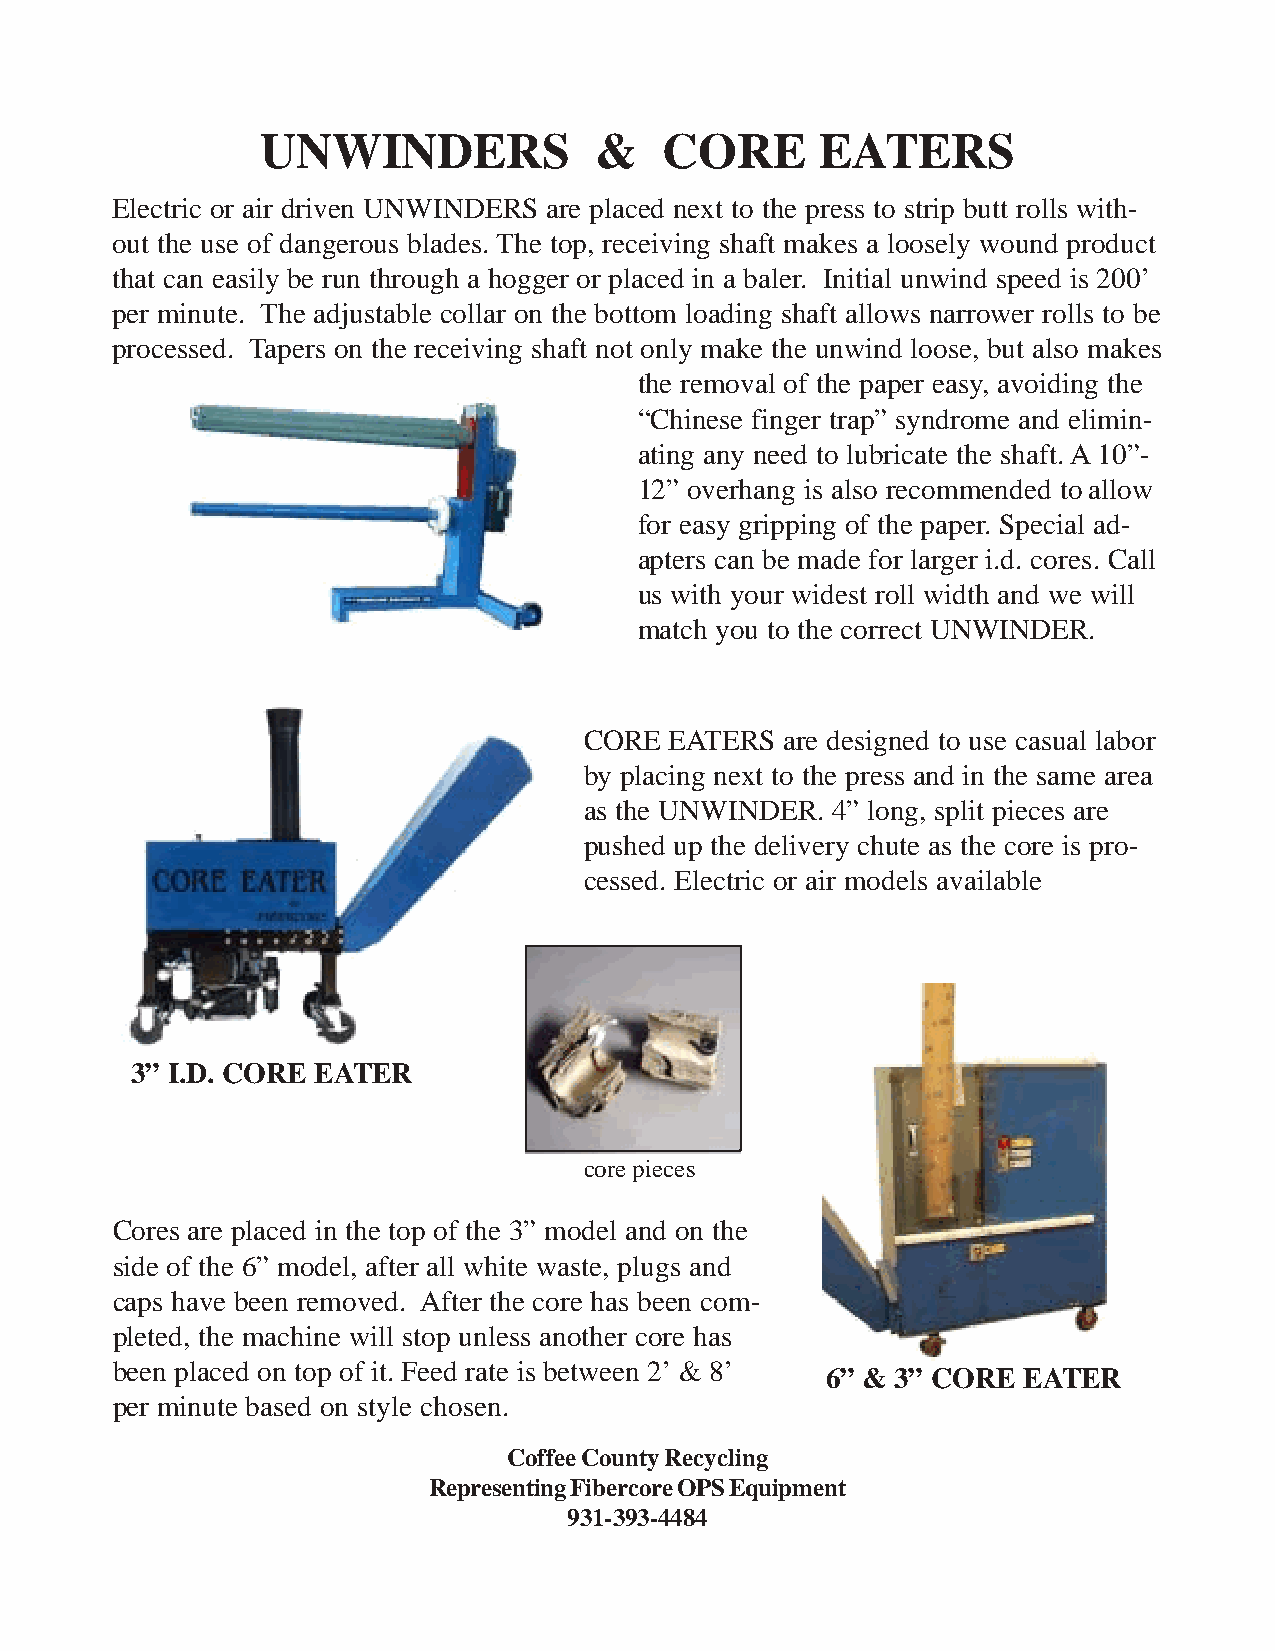
UNWINDERS             &    CORE      EATERS
 Electric or air driven UNWINDERS are placed next to the press to strip butt rolls with-
 out the use of dangerous blades. The top, receiving shaft makes a loosely wound product
 that can easily be run through a hogger or placed in a baler. Initial unwind speed is 200’
 per minute. The adjustable collar on the bottom loading shaft allows narrower rolls to be
 processed. Tapers on the receiving shaft not only make the unwind loose, but also makes
 the removal of the paper easy, avoiding the
 “Chinese finger trap” syndrome and elimin-
 ating any need to lubricate the shaft. A 10”-
 12” overhang is also recommended toallow
 for easy gripping of the paper. Special ad-
 apters can be made for larger i.d. cores. Call
 us with your widest roll width and we will
 match you to the correct UNWINDER.
 CORE EATERS  are designed to use casual labor
 by placing next to the press and in the same area
 as the UNWINDER. 4” long, split pieces are
 pushed up the delivery chute as the core is pro-
 cessed. Electric or air models available
 3” I.D. CORE EATER
 core pieces
 Cores are placed in the top of the 3” model and on the
 side of the 6” model, after all white waste, plugs and
 caps have been removed. After the core has been com-
 pleted, the machine will stop unless another core has
 been placed on top of it. Feed rate is between 2’ & 8’
 6” & 3” CORE EATER
 per minute based on style chosen.
 Coffee County Recycling
 Representing Fibercore OPS Equipment
 931-393-4484